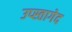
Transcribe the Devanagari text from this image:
उप्स्तागेद